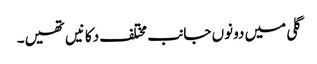
گلی میں دونوں جانب مختلف دکانیں تھیں۔